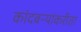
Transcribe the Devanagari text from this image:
कांदबऱ्यांकरीता